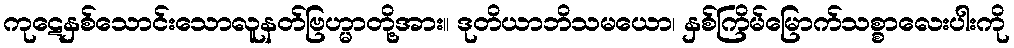
ကုဋေနှစ်သောင်းသောလူနတ်ဗြဟ္မာတို့အား။ ဒုတိယာဘိသမယော၊ နှစ်ကြိမ်မြောက်သစ္စာလေးပါးကို